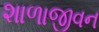
શાળાજીવન